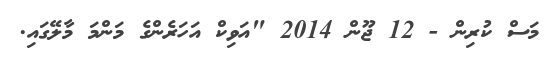
މަސް ކުރިން - 12 ޖޫން 2014 "އަވިކް އަހަރެންގެ މަންމަ މާލޭގައި.